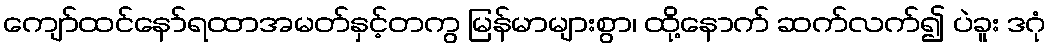
ကျော်ထင်နော်ရထာအမတ်နှင့်တကွ မြန်မာများစွာ၊ ထို့နောက် ဆက်လက်၍ ပဲခူး ဒဂုံ